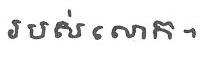
របស់លោក។